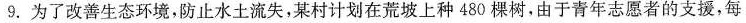
9.为了改善生态环境，防止水土流失，某村计划在荒坡上种480棵树，由于青年志愿者的支援，每